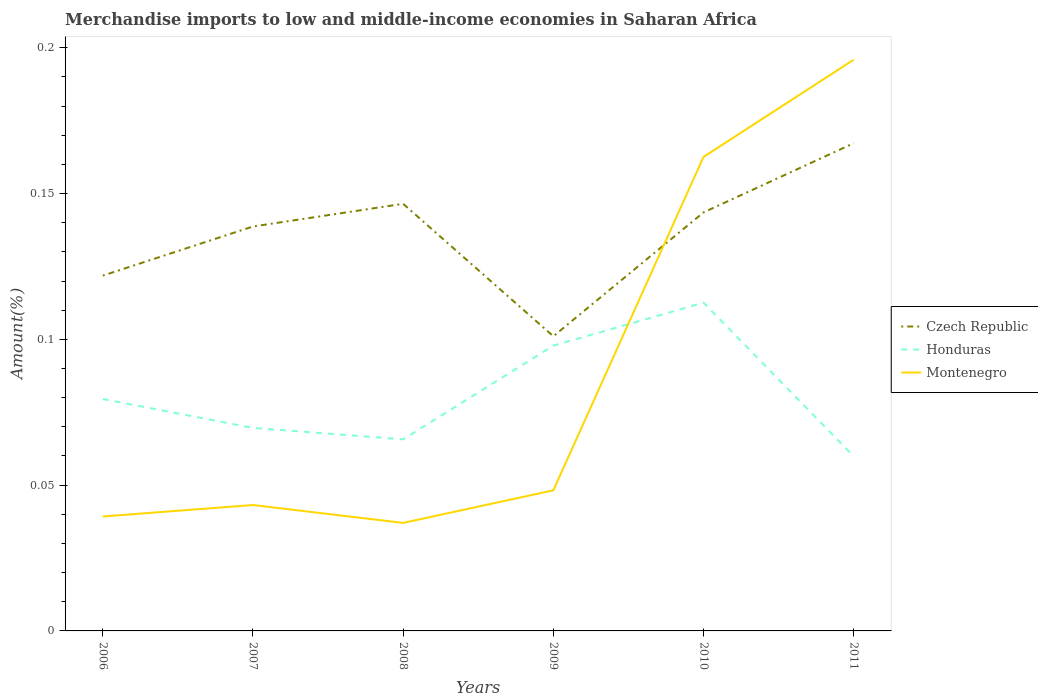
| Years | Czech Republic | Honduras | Montenegro |
 | --- | --- | --- | --- |
 | 2006 | 0.122 | 0.0795 | 0.0392 |
 | 2007 | 0.139 | 0.0696 | 0.0432 |
 | 2008 | 0.146 | 0.0657 | 0.037 |
 | 2009 | 0.101 | 0.0978 | 0.0482 |
 | 2010 | 0.144 | 0.113 | 0.163 |
 | 2011 | 0.167 | 0.0599 | 0.196 |